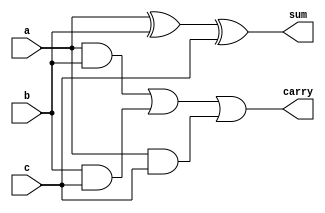
//Data flow modelling

module Full_Adder(
input a,b,c,
output sum, carry
    );
    assign sum=a^b^c;
    assign carry= a&b|b&c|a&c;
endmodule